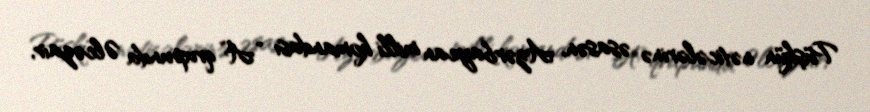
Püşkün nəticələrinə əsasən, Azərbaycan milli komandası “A” qrupunda Əlcəzair,